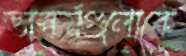
ভাস্কর্যগুলোকে